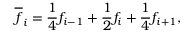
\overline { { f } } _ { i } = \frac { 1 } { 4 } f _ { i - 1 } + \frac { 1 } { 2 } f _ { i } + \frac { 1 } { 4 } f _ { i + 1 } ,